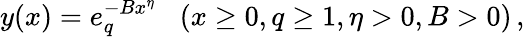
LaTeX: y(x)=e_{q}^{-Bx^{\eta}}\; \; \; (x\ge 0,q\ge 1,\eta>0,B>0)\, ,